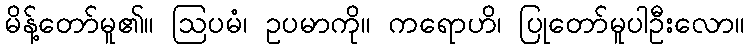
မိန့်တော်မူ၏။ ဩပမံ၊ ဥပမာကို။ ကရောဟိ၊ ပြုတော်မူပါဦးလော။